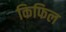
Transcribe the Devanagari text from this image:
किफिल